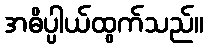
အဓိပ္ပါယ်ထွက်သည်။